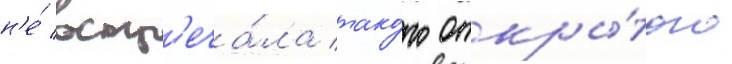
н'е́ встр'еча́ла тако́го откры́того